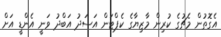
އެގޮތުން މެޗުގެ ކުރިން މާޒިޔާގެ ކެޕްޓަން އަސަދު އަބްދު ވަނީ އެންޑީ އަށް